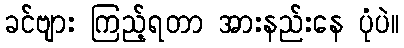
ခင်ဗျား ကြည့်ရတာ အားနည်းနေ ပုံပဲ။